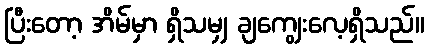
ပြီးတော့ အိမ်မှာ ရှိသမျှ ချကျွေးလေ့ရှိသည်။